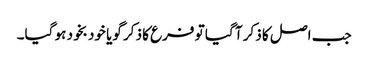
جب اصل کا ذکر آ گیا تو فرع کا ذکر گویا خود بخود ہو گیا۔